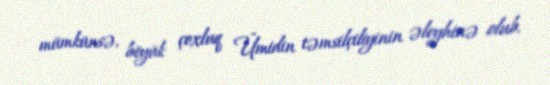
mümkünsə, böyük çoxluq Ümidin təmsilçiliyinin əleyhinə olub.